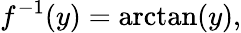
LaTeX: f^{-1}(y)=\arctan(y),